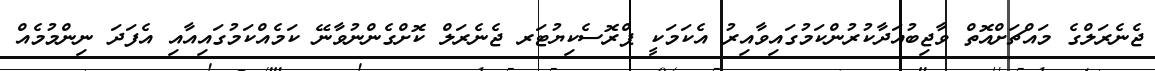
ޖެނެރަލްގެ މައްޗަށްއޮތް ވާޖިބުއަދާކުރުންކަމުގައިވާއިރު އެކަމަކީ ޕްރޮސެކިޔުޓަރ ޖެނެރަލް ކޮށްގެންނުވާނޭ ކަމެއްކަމުގައިއާއި އެފަދަ ނިންމުމެއް